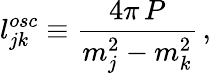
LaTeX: l_{jk}^{osc}\equiv\frac{4\pi\, P}{m_{j}^{2}-m_{k}^{2}}\, ,